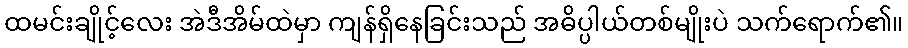
ထမင်းချိုင့်လေး အဲဒီအိမ်ထဲမှာ ကျန်ရှိနေခြင်းသည် အဓိပ္ပါယ်တစ်မျိုးပဲ သက်ရောက်၏။